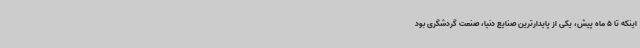
اینکه تا 5 ماه پیش، یکی از پایدارترین صنایع دنیا، صنعت گردشگری بود